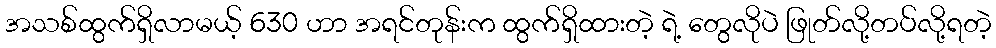
အသစ်ထွက်ရှိလာမယ့် 630 ဟာ အရင်တုန်းက ထွက်ရှိထားတဲ့ ရဲ့ တွေလိုပဲ ဖြုတ်လို့တပ်လို့ရတဲ့